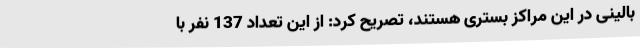
بالینی در این مراکز بستری هستند، تصریح کرد: از این تعداد 137 نفر با